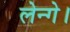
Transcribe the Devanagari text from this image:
लेन्गे।